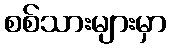
စစ်သားများမှာ